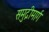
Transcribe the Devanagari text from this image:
समुद्रीमार्ग